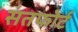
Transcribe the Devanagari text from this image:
संतफोर्ट